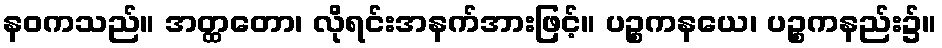
နဝကသည်။ အတ္ထတော၊ လိုရင်းအနက်အားဖြင့်။ ပဉ္စကနယေ၊ ပဉ္စကနည်း၌။